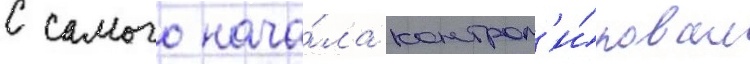
с самого нача́ла контрол'и́ровал